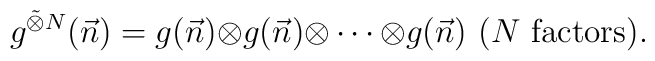
g^{\tilde{\otimes}N} (\vec{n})= g(\vec{n}){\otimes}g(\vec{n}){\otimes} \cdots {\otimes}g(\vec{n})~(N{\rm{~factors}}).